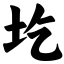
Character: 圪